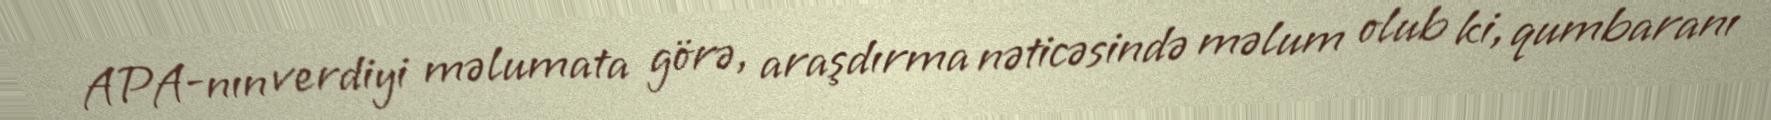
APA-nın verdiyi məlumata görə, araşdırma nəticəsində məlum olub ki, qumbaranı